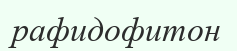
рафидофитон